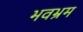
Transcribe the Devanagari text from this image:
भवभ्रम